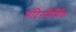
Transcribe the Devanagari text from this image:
मंदिरनिर्मिण